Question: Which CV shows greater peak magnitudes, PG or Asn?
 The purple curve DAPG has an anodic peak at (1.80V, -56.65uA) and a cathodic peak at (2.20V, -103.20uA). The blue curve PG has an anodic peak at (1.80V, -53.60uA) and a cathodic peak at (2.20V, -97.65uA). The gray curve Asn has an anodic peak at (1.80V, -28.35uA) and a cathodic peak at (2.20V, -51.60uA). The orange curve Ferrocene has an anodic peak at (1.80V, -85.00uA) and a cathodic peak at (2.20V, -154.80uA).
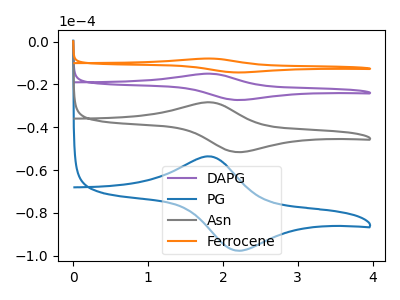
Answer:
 <answer>The peaks in "PG" are neither all higher or all lower than the peaks in "Asn".</answer>
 <eval>mixed</eval>